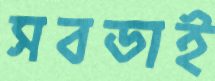
সবডাই